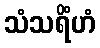
သံသရိံဟံ